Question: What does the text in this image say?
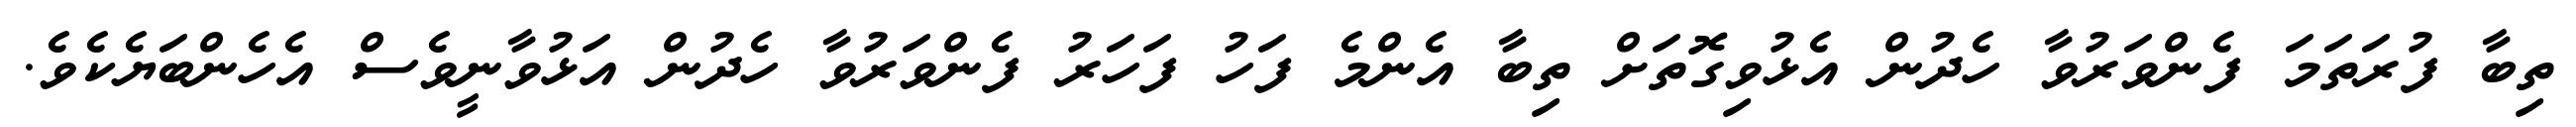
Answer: ތިބާ ފުރަތަމަ ފެންވަރުވާ ހެދުން އެޅުވިގޮތަށް ތިބާ އެންމެ ފަހު ފަހަރު ފެންވަރުވާ ހެދުން އަޅުވާނީވެސް އެހެންބަޔެކެވެ.